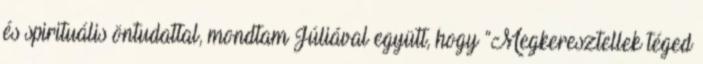
és spirituális öntudattal, mondtam Júliával együtt, hogy “Megkeresztellek téged